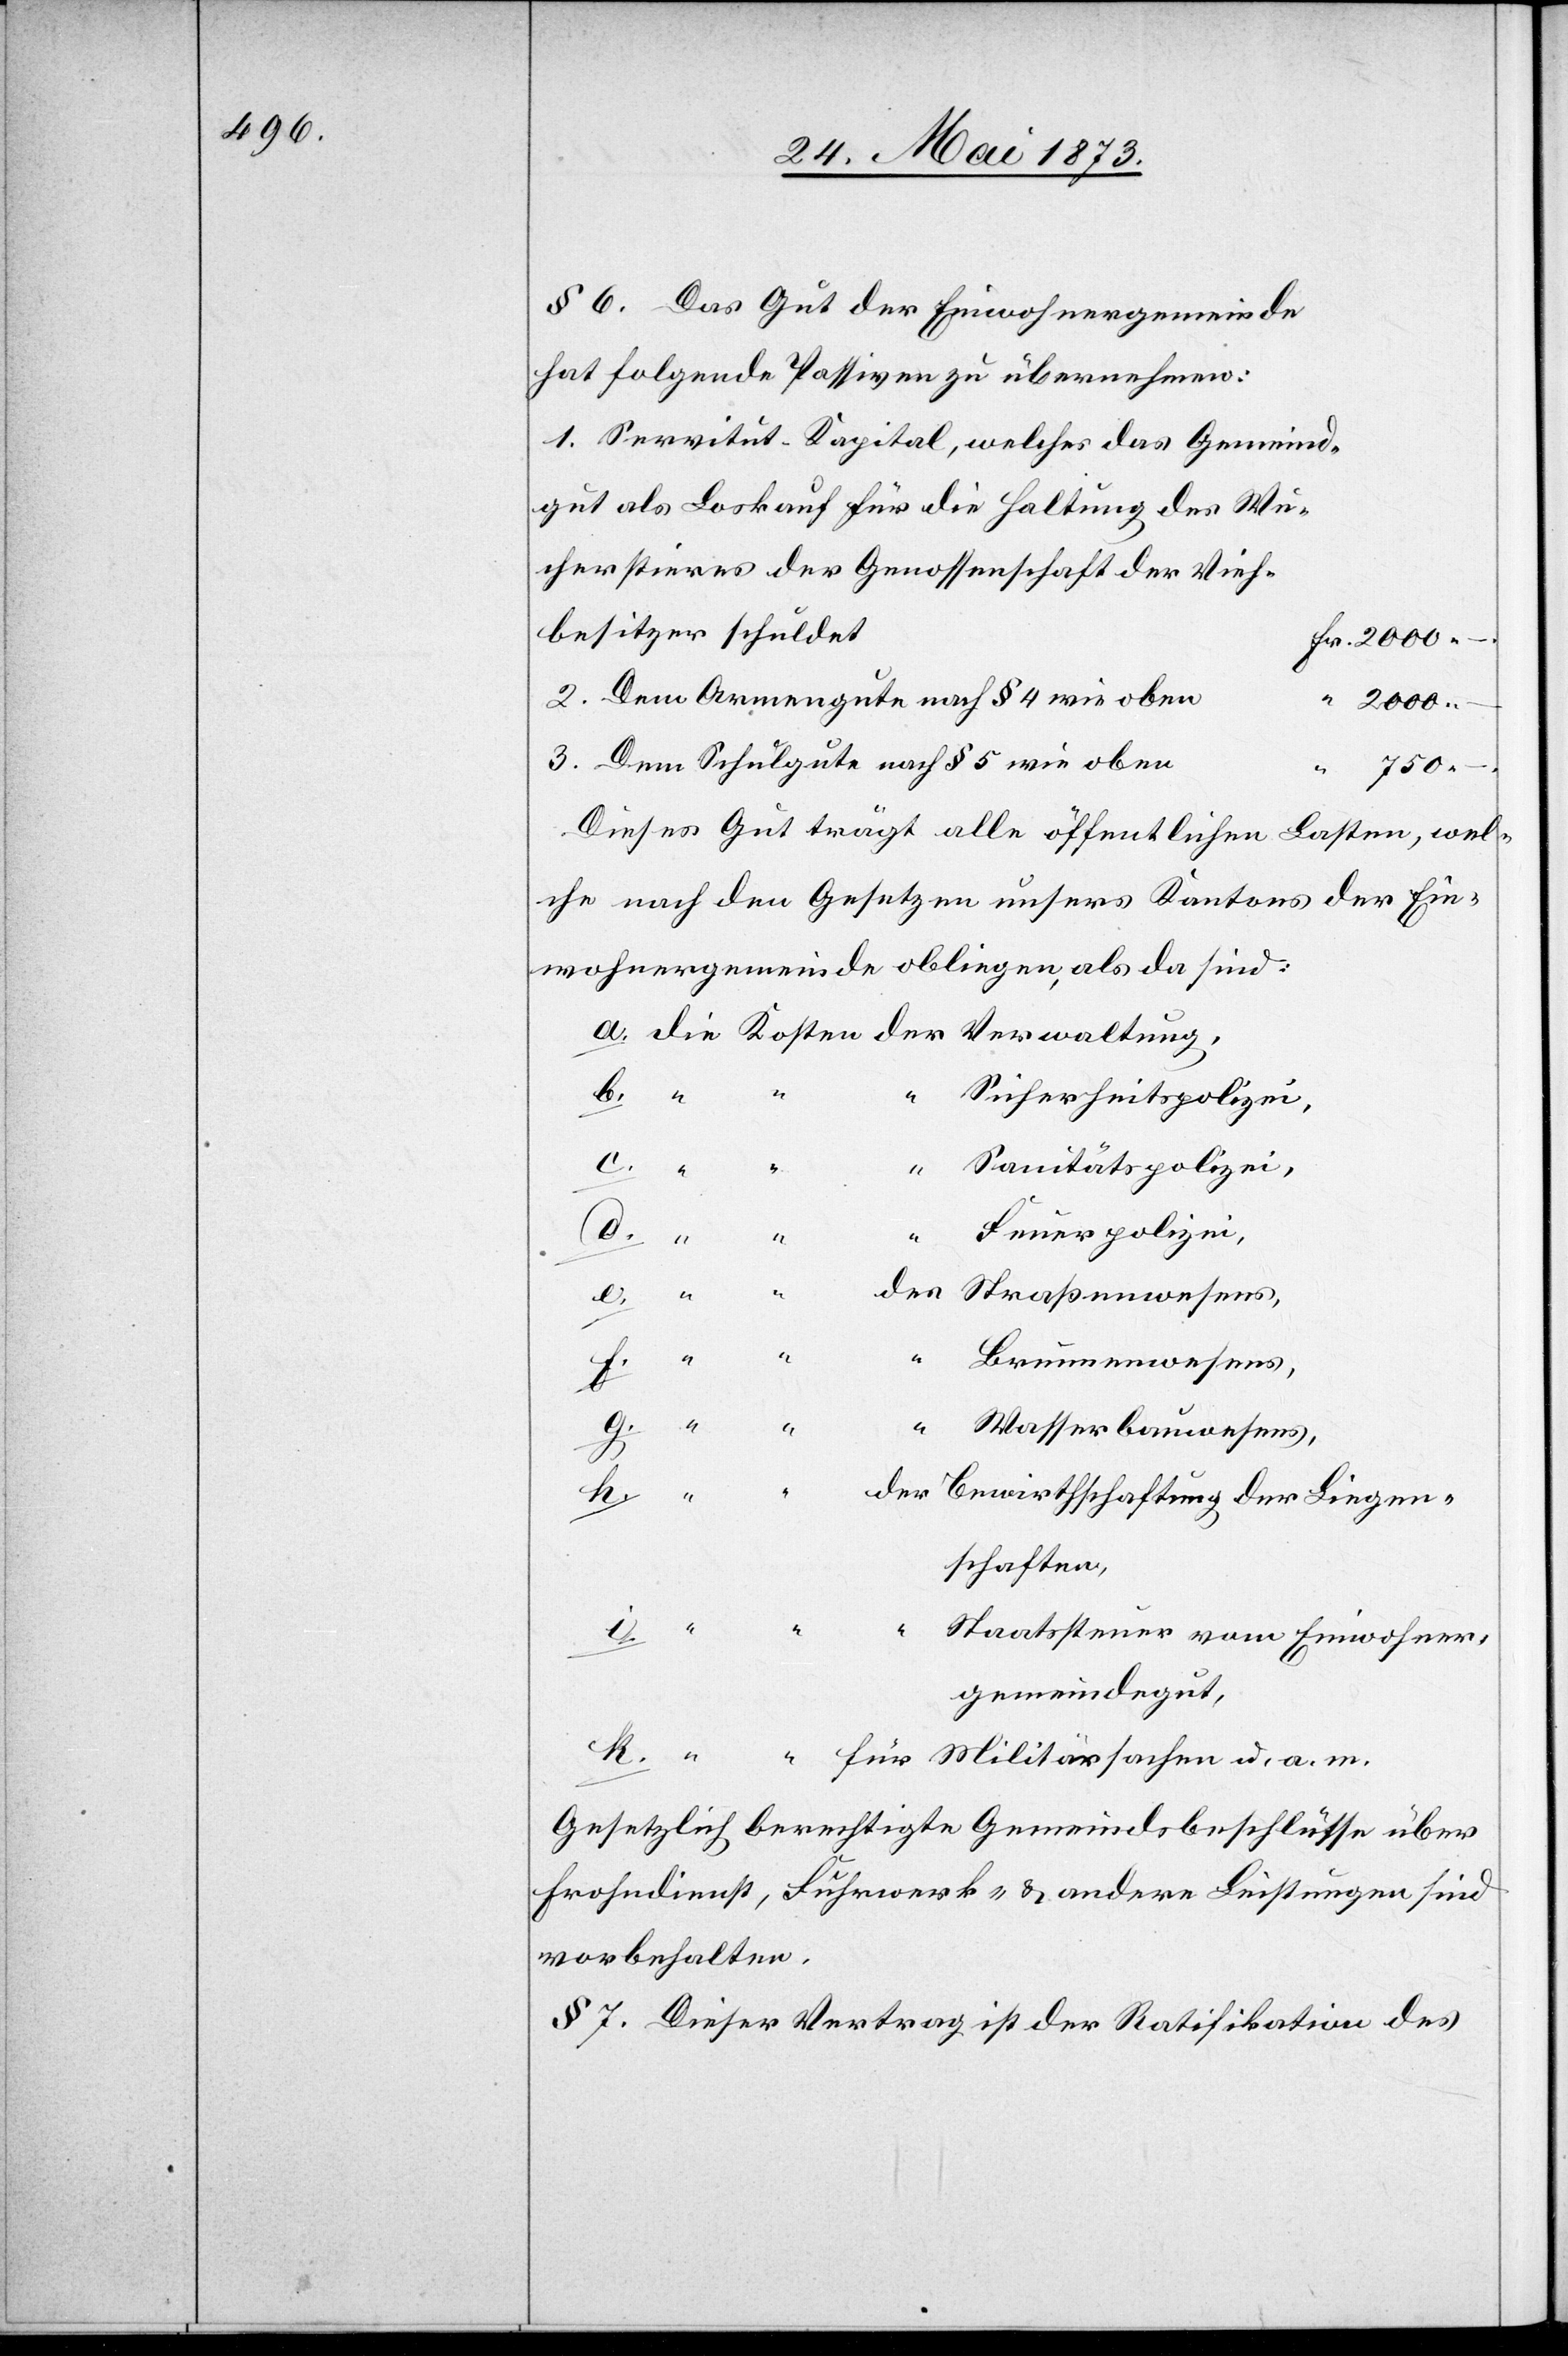
§ 6. Das Gut der Einwohnergemeinde
hat folgende Passiven zu übernehmen:
1. Servitut-Kapital, welches das Gemeind¬
gut als Loskauf für die Haltung des Wu¬
cherstieres der Genossenschaft der Vieh¬
besitzer schuldet
Fr. 2 000 –.
2. dem Armengute nach § 4 wie oben
“ 2 000 –.
3. Dem Schulgute nach § 5 wie oben
“
m.
750
Dieses Gut trägt alle öffentlichen Lasten, wel¬
che nach den Gesetzen unsers Kantons der Ein¬
wohnergemeinde obliegen, als da sind:
der
Sicherheitspolizei,
Sanitätspolizei,
Feuerpolizei,
–.
“
Brunnenwesens,
Wasserbauwesens,
Bewirthschaftung der Liegen¬
schaften,
Staatssteuer vom Einwohner¬
gemeindegut,
Gesetzlich berechtigte Gemeindsbeschlüsse über
Frohndienst, Fuhrwerk- & andere Leistungen sind
vorbehalten.
§ 7 Dieser Vertrag ist der Ratifikation des